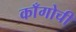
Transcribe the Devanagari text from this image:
काँगोची